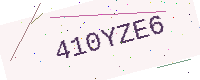
Text: 410YZE6